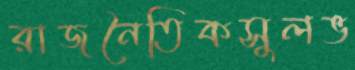
রাজনৈতিকসুলভ